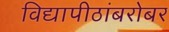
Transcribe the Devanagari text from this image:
विद्यापीठांबरोबर